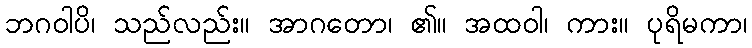
ဘဂဝါပိ၊ သည်လည်း။ အာဂတော၊ ၏။ အထဝါ၊ ကား။ ပုရိမကာ၊